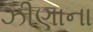
ઝીણાના